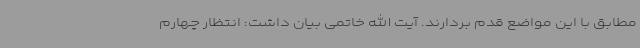
مطابق با این مواضع قدم بردارند. آیت الله خاتمی بیان داشت: انتظار چهارم